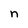
Character: n